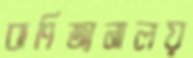
বাণিজ্যনালয়